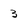
Character: 3